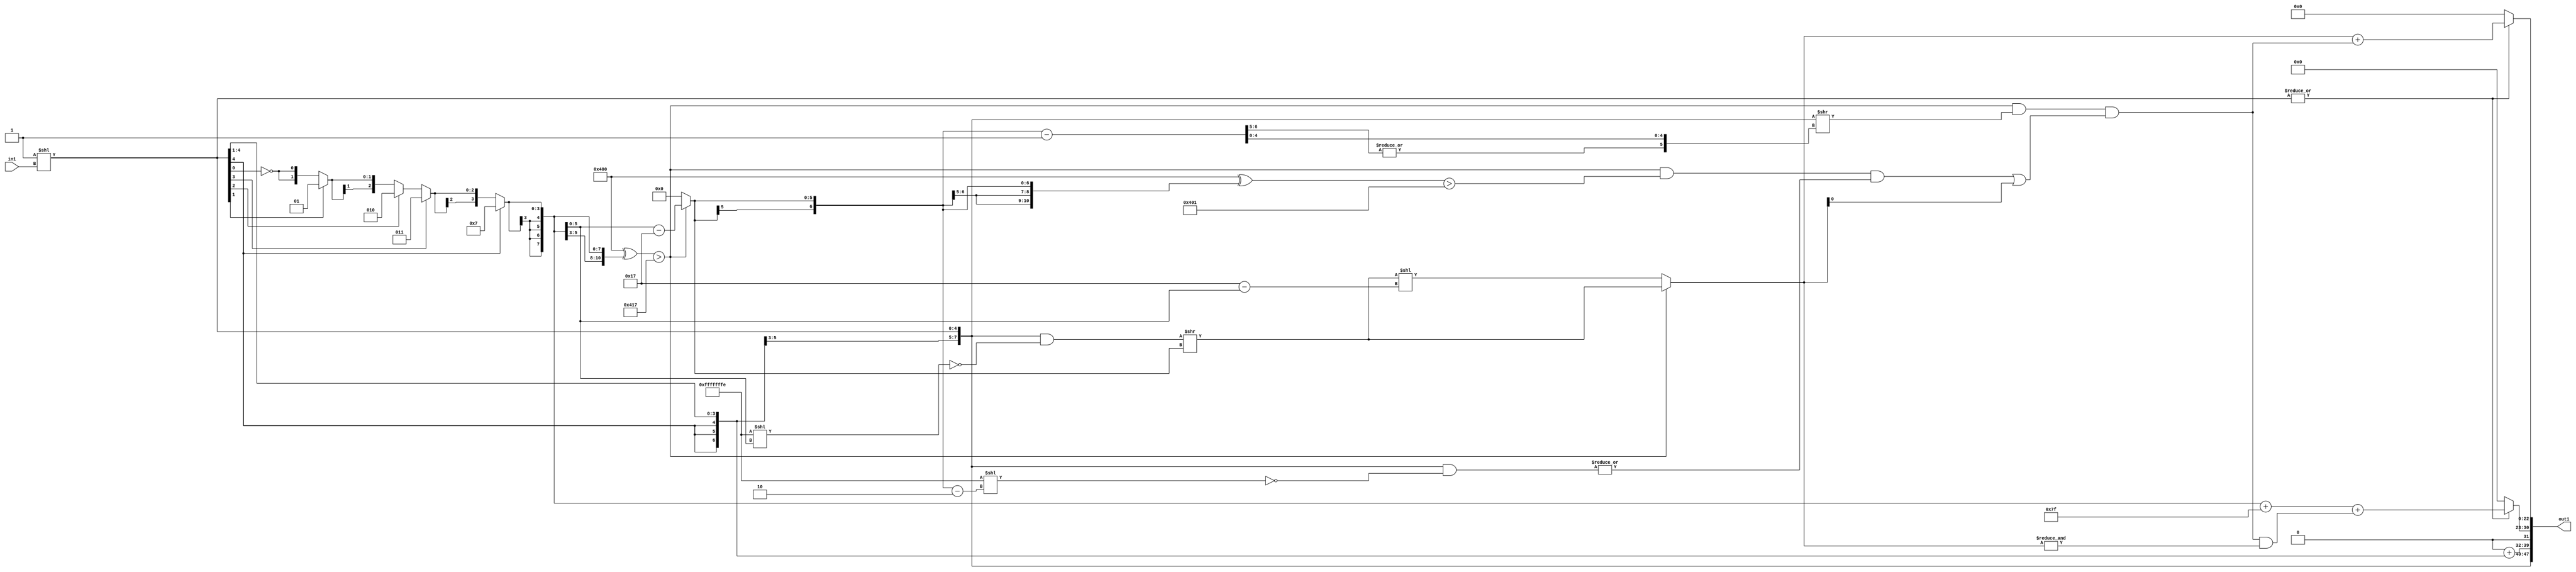
`timescale 1ps / 1ps
/*****************************************************************************
    Verilog RTL Description
    
    
    Created by: CellMath Designer 2019.1.01 
*******************************************************************************/

module DFT_compute_entirecomputation_1 (
	in1,
	out1
	); /* architecture "behavioural" */ 
input [1:0] in1;
output [47:0] out1;
wire [7:0] fDFTpts;
wire [4:0] asc002;
wire [7:0] asc005;
wire  asc007;
wire [31:0] fcizSig_i2;
wire [8:0] asc010,
	asc011;
wire [5:0] asc013;
wire  asc014;
wire [5:0] asc015;
wire  asc016;
wire [5:0] asc017,
	asc018,
	asc020,
	asc022,
	asc024,
	asc026,
	asc028,
	asc030,
	asc032,
	asc034,
	asc036,
	asc038,
	asc040,
	asc042;
wire [4:0] asc045;
wire  asc046;
wire [15:0] asc047;
wire [4:0] asc048,
	asc050,
	asc052,
	asc054,
	asc056,
	asc058,
	asc060;
wire [3:0] asc063,
	asc065,
	asc067,
	asc069;
wire [2:0] asc072,
	asc074;
wire [1:0] asc077;
wire  asc082;
wire [5:0] asc084;
wire  asc085;
wire [5:0] asc086;
wire [23:0] asc087;
wire [31:0] asc088,
	asc089;
wire  asc092;
wire [22:0] asc095,
	asc097;
wire [5:0] asc099;
wire  asc100,
	asc102;
wire [6:0] asc103;
wire  asc105,
	asc106,
	asc107,
	asc108;
wire [31:0] asc109,
	asc110;
wire [6:0] asc111;
wire  asc114,
	asc115;
wire [7:0] asc116;
wire  asc117;
wire [7:0] asc118;
wire  asc119;
wire [22:0] asc120;
wire  asc121;
wire [22:0] asc123;
wire [47:0] asc124;
wire [7:0] asc125;

assign asc002 = 5'B00001 << in1;

assign fDFTpts = {{3{asc002[4]}}, asc002};

assign asc007 = 
	(1'B0)
	&(asc002[0]);

assign asc005 = 
	+(asc007)
	+(fDFTpts[7:1]);

assign asc011 = 
	-(fDFTpts);

reg [8:0] asc010_tmp_0;
assign asc010 = asc010_tmp_0;
always @(asc011 or fDFTpts) begin
	case (1'B0)
		1'B1 : asc010_tmp_0 = asc011 ;
		default : asc010_tmp_0 = fDFTpts ;
	endcase
end

assign fcizSig_i2 = {{23{asc010[8]}}, asc010};

assign asc014 = 
	(|fcizSig_i2[31:16]);

assign asc016 = 
	(|fcizSig_i2[31:25]);

reg [5:0] asc026_tmp_1;
assign asc026 = asc026_tmp_1;
always @ (asc010[8]) begin
	case (asc010[8])
		1'B1 : asc026_tmp_1 = 6'B011010 ;
		default : asc026_tmp_1 = 6'B011001 ;
	endcase
end

reg [5:0] asc024_tmp_2;
assign asc024 = asc024_tmp_2;
always @ (asc010[8] or asc026) begin
	case (asc010[8])
		1'B1 : asc024_tmp_2 = 6'B011011 ;
		default : asc024_tmp_2 = asc026 ;
	endcase
end

reg [5:0] asc022_tmp_3;
assign asc022 = asc022_tmp_3;
always @ (asc010[8] or asc024) begin
	case (asc010[8])
		1'B1 : asc022_tmp_3 = 6'B011100 ;
		default : asc022_tmp_3 = asc024 ;
	endcase
end

reg [5:0] asc020_tmp_4;
assign asc020 = asc020_tmp_4;
always @ (asc010[8] or asc022) begin
	case (asc010[8])
		1'B1 : asc020_tmp_4 = 6'B011101 ;
		default : asc020_tmp_4 = asc022 ;
	endcase
end

reg [5:0] asc018_tmp_5;
assign asc018 = asc018_tmp_5;
always @ (asc010[8] or asc020) begin
	case (asc010[8])
		1'B1 : asc018_tmp_5 = 6'B011110 ;
		default : asc018_tmp_5 = asc020 ;
	endcase
end

reg [5:0] asc017_tmp_6;
assign asc017 = asc017_tmp_6;
always @ (asc010[8] or asc018) begin
	case (asc010[8])
		1'B1 : asc017_tmp_6 = 6'B011111 ;
		default : asc017_tmp_6 = asc018 ;
	endcase
end

assign asc042 = {5'B01000,asc010[8]};

reg [5:0] asc040_tmp_7;
assign asc040 = asc040_tmp_7;
always @ (asc010[8] or asc042) begin
	case (asc010[8])
		1'B1 : asc040_tmp_7 = 6'B010010 ;
		default : asc040_tmp_7 = asc042 ;
	endcase
end

reg [5:0] asc038_tmp_8;
assign asc038 = asc038_tmp_8;
always @ (asc010[8] or asc040) begin
	case (asc010[8])
		1'B1 : asc038_tmp_8 = 6'B010011 ;
		default : asc038_tmp_8 = asc040 ;
	endcase
end

reg [5:0] asc036_tmp_9;
assign asc036 = asc036_tmp_9;
always @ (asc010[8] or asc038) begin
	case (asc010[8])
		1'B1 : asc036_tmp_9 = 6'B010100 ;
		default : asc036_tmp_9 = asc038 ;
	endcase
end

reg [5:0] asc034_tmp_10;
assign asc034 = asc034_tmp_10;
always @ (asc010[8] or asc036) begin
	case (asc010[8])
		1'B1 : asc034_tmp_10 = 6'B010101 ;
		default : asc034_tmp_10 = asc036 ;
	endcase
end

reg [5:0] asc032_tmp_11;
assign asc032 = asc032_tmp_11;
always @ (asc010[8] or asc034) begin
	case (asc010[8])
		1'B1 : asc032_tmp_11 = 6'B010110 ;
		default : asc032_tmp_11 = asc034 ;
	endcase
end

reg [5:0] asc030_tmp_12;
assign asc030 = asc030_tmp_12;
always @ (asc010[8] or asc032) begin
	case (asc010[8])
		1'B1 : asc030_tmp_12 = 6'B010111 ;
		default : asc030_tmp_12 = asc032 ;
	endcase
end

reg [5:0] asc028_tmp_13;
assign asc028 = asc028_tmp_13;
always @ (asc010[8] or asc030) begin
	case (asc010[8])
		1'B1 : asc028_tmp_13 = 6'B011000 ;
		default : asc028_tmp_13 = asc030 ;
	endcase
end

reg [5:0] asc015_tmp_14;
assign asc015 = asc015_tmp_14;
always @ (asc016 or asc017 or asc028) begin
	case (asc016)
		1'B1 : asc015_tmp_14 = asc017 ;
		default : asc015_tmp_14 = asc028 ;
	endcase
end

assign asc047 = {{7{asc010[8]}}, asc010};

assign asc046 = 
	(|asc047[15:8]);

assign asc060 = {4'B0100,asc010[8]};

reg [4:0] asc058_tmp_15;
assign asc058 = asc058_tmp_15;
always @ (asc010[8] or asc060) begin
	case (asc010[8])
		1'B1 : asc058_tmp_15 = 5'B01010 ;
		default : asc058_tmp_15 = asc060 ;
	endcase
end

reg [4:0] asc056_tmp_16;
assign asc056 = asc056_tmp_16;
always @ (asc010[8] or asc058) begin
	case (asc010[8])
		1'B1 : asc056_tmp_16 = 5'B01011 ;
		default : asc056_tmp_16 = asc058 ;
	endcase
end

reg [4:0] asc054_tmp_17;
assign asc054 = asc054_tmp_17;
always @ (asc010[8] or asc056) begin
	case (asc010[8])
		1'B1 : asc054_tmp_17 = 5'B01100 ;
		default : asc054_tmp_17 = asc056 ;
	endcase
end

reg [4:0] asc052_tmp_18;
assign asc052 = asc052_tmp_18;
always @ (asc010[8] or asc054) begin
	case (asc010[8])
		1'B1 : asc052_tmp_18 = 5'B01101 ;
		default : asc052_tmp_18 = asc054 ;
	endcase
end

reg [4:0] asc050_tmp_19;
assign asc050 = asc050_tmp_19;
always @ (asc010[8] or asc052) begin
	case (asc010[8])
		1'B1 : asc050_tmp_19 = 5'B01110 ;
		default : asc050_tmp_19 = asc052 ;
	endcase
end

reg [4:0] asc048_tmp_20;
assign asc048 = asc048_tmp_20;
always @ (asc010[8] or asc050) begin
	case (asc010[8])
		1'B1 : asc048_tmp_20 = 5'B01111 ;
		default : asc048_tmp_20 = asc050 ;
	endcase
end

assign asc082 = 
	((~asc010[0]));

reg [1:0] asc077_tmp_21;
assign asc077 = asc077_tmp_21;
always @ (asc010[1] or asc082) begin
	case (asc010[1])
		1'B1 : asc077_tmp_21 = 2'B01 ;
		default : asc077_tmp_21 = {asc082, asc082} ;
	endcase
end

reg [2:0] asc074_tmp_22;
assign asc074 = asc074_tmp_22;
always @ (asc010[2] or asc077) begin
	case (asc010[2])
		1'B1 : asc074_tmp_22 = 3'B010 ;
		default : asc074_tmp_22 = {asc077[1], asc077} ;
	endcase
end

reg [2:0] asc072_tmp_23;
assign asc072 = asc072_tmp_23;
always @ (asc010[3] or asc074) begin
	case (asc010[3])
		1'B1 : asc072_tmp_23 = 3'B011 ;
		default : asc072_tmp_23 = asc074 ;
	endcase
end

reg [3:0] asc069_tmp_24;
assign asc069 = asc069_tmp_24;
always @ (asc010[4] or asc072) begin
	case (asc010[4])
		1'B1 : asc069_tmp_24 = 4'B0100 ;
		default : asc069_tmp_24 = {asc072[2], asc072} ;
	endcase
end

reg [3:0] asc067_tmp_25;
assign asc067 = asc067_tmp_25;
always @ (asc010[5] or asc069) begin
	case (asc010[5])
		1'B1 : asc067_tmp_25 = 4'B0101 ;
		default : asc067_tmp_25 = asc069 ;
	endcase
end

reg [3:0] asc065_tmp_26;
assign asc065 = asc065_tmp_26;
always @ (asc010[6] or asc067) begin
	case (asc010[6])
		1'B1 : asc065_tmp_26 = 4'B0110 ;
		default : asc065_tmp_26 = asc067 ;
	endcase
end

reg [3:0] asc063_tmp_27;
assign asc063 = asc063_tmp_27;
always @ (asc010[7] or asc065) begin
	case (asc010[7])
		1'B1 : asc063_tmp_27 = 4'B0111 ;
		default : asc063_tmp_27 = asc065 ;
	endcase
end

reg [4:0] asc045_tmp_28;
assign asc045 = asc045_tmp_28;
always @ (asc046 or asc048 or asc063) begin
	case (asc046)
		1'B1 : asc045_tmp_28 = asc048 ;
		default : asc045_tmp_28 = {asc063[3], asc063} ;
	endcase
end

reg [5:0] asc013_tmp_29;
assign asc013 = asc013_tmp_29;
always @ (asc014 or asc015 or asc045) begin
	case (asc014)
		1'B1 : asc013_tmp_29 = asc015 ;
		default : asc013_tmp_29 = {asc045[4], asc045} ;
	endcase
end

assign asc085 = ((11'B10000000000 ^ {{5{asc013[5]}}, asc013})>(11'B10000000000 ^ 11'B00000010111));

assign asc086 = 
	+(asc013)
	-(6'B010111);

reg [5:0] asc084_tmp_30;
assign asc084 = asc084_tmp_30;
always @ (asc085 or asc086) begin
	case (asc085)
		1'B1 : asc084_tmp_30 = asc086 ;
		default : asc084_tmp_30 = 6'B000000 ;
	endcase
end

assign asc089 = 32'B11111111111111111111111111111110 << asc013;

assign asc088 = 
	({{23{asc010[8]}}, asc010})
	&((~asc089));

assign asc087 = asc088 >> asc084;

assign asc092 = ((11'B10000000000 ^ {{5{asc013[5]}}, asc013})>(11'B10000000000 ^ 11'B00000010111));

assign asc099 = 
	+(6'B010111)
	-(asc013);

assign asc097 = asc087[22:0] << asc099;

reg [22:0] asc095_tmp_31;
assign asc095 = asc095_tmp_31;
always @ (asc092 or asc087[22:0] or asc097) begin
	case (asc092)
		1'B1 : asc095_tmp_31 = asc087[22:0] ;
		default : asc095_tmp_31 = asc097 ;
	endcase
end

assign asc103 = 
	+({asc084[5], asc084})
	-(7'B0000001);

assign asc102 = fcizSig_i2 >> {|asc103[6:5], asc103[4:0]};

assign asc107 = ((11'B10000000000 ^ {{5{asc084[5]}}, asc084})>(11'B10000000000 ^ 11'B00000000001));

assign asc111 = 
	+({asc084[5], asc084})
	-(7'B0000010);

assign asc110 = 32'B11111111111111111111111111111110 << asc111;

assign asc109 = 
	({{23{asc010[8]}}, asc010})
	&((~asc110));

assign asc108 = 
	(|asc109);

assign asc106 = 
	(asc092)
	&(asc107)
	&(asc108);

assign asc105 = 
	(asc106)
	|(asc095[0]);

assign asc100 = 
	(asc092)
	&(asc102)
	&(asc105);

assign asc115 = 
	(|fDFTpts);

assign asc114 = 
	(asc115)
	&(1'B0);

assign asc117 = 
	(|fDFTpts);

assign asc119 = 
	(asc100)
	&(&asc095);

wire [7:0] asc118_tmp_32;
assign asc118_tmp_32 = 
	+({{2{asc013[5]}}, asc013})
	+(8'B01111111);
assign asc118 = asc118_tmp_32
	+(asc119);

reg [7:0] asc116_tmp_33;
assign asc116 = asc116_tmp_33;
always @ (asc117 or asc118) begin
	case (asc117)
		1'B1 : asc116_tmp_33 = asc118 ;
		default : asc116_tmp_33 = 8'B00000000 ;
	endcase
end

assign asc121 = 
	(|fDFTpts);

assign asc123 = 
	+(asc095)
	+(asc100);

reg [22:0] asc120_tmp_34;
assign asc120 = asc120_tmp_34;
always @ (asc121 or asc123) begin
	case (asc121)
		1'B1 : asc120_tmp_34 = asc123 ;
		default : asc120_tmp_34 = 23'B00000000000000000000000 ;
	endcase
end

assign asc125 = {{3{asc002[4]}}, asc002};

assign asc124 = {asc125,asc005,asc114,asc116,asc120};

assign out1 = asc124;
endmodule

/* CADENCE  urDzSw7dqg== : u9/ySgnWtBlWxVPRXgAZ4Og= ** DO NOT EDIT THIS LINE **/